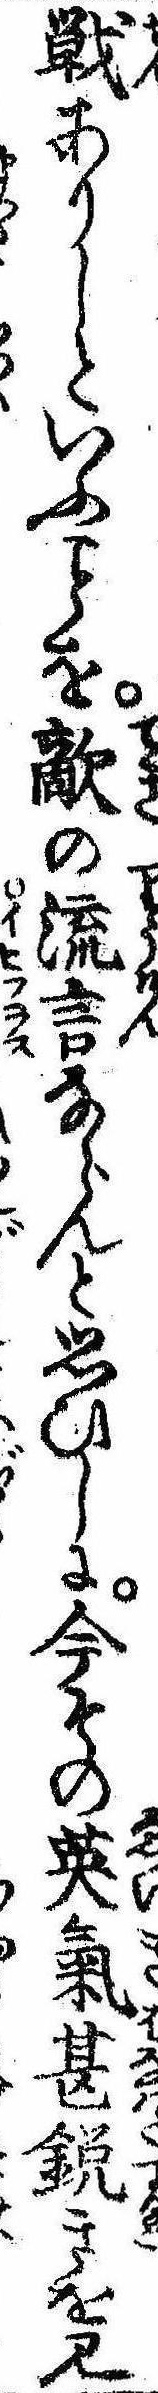
戦ありしといふを敵の流言ならんと思ひしに今その英気甚鋭きを見